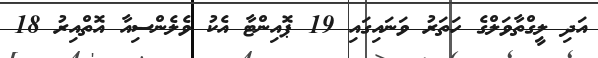
އަދި ލީގްތާވަލްގެ ހަތަރު ވަނައިގައި 19 ޕޮއިންޓާ އެކު ވެލެންސިއާ އޮތްއިރު 18